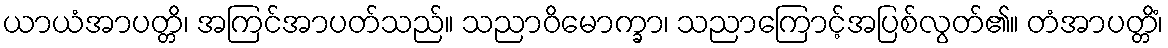
ယာယံအာပတ္တိ၊ အကြင်အာပတ်သည်။ သညာဝိမောက္ခာ၊ သညာကြောင့်အပြစ်လွတ်၏။ တံအာပတ္တိံ၊